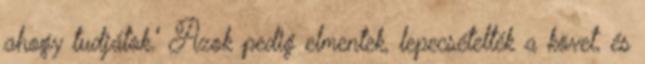
ahogy tudjátok.'' Azok pedig elmentek, lepecsételték a követ, és